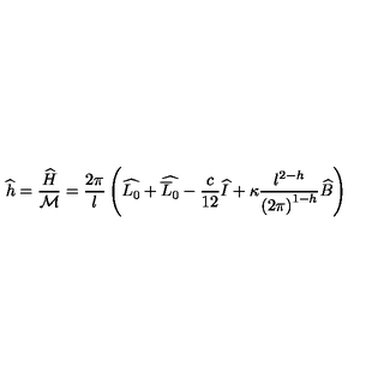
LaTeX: \widehat { h } = \displaystyle \frac { \widehat { H } } { { \cal M } } = \displaystyle \frac { 2 \pi } { l } \left( \widehat { L _ { 0 } } + \widehat { \overline { { L } } _ { 0 } } - \displaystyle \frac { c } { 1 2 } \widehat { I } + \kappa \displaystyle \frac { l ^ { 2 - h } } { \left( 2 \pi \right) ^ { 1 - h } } \widehat { B } \right)